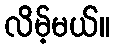
လိမ့်မယ်။